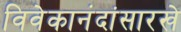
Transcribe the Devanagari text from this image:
विवेकानंदांसारखे